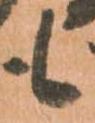
も